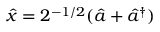
\hat { x } = 2 ^ { - 1 / 2 } ( \hat { a } + \hat { a } ^ { \dag } )